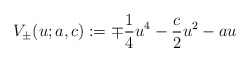
\begin{align*}V_{\pm}(u;a,c):=\mp \frac{1}{4}u^4-\frac{c}{2}u^2-au\end{align*}